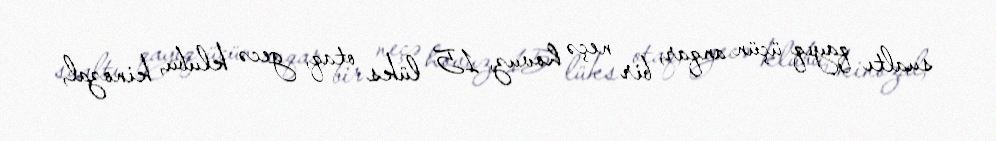
sualtı qayıq üçün anqar, bir neçə hovuz, 15 lüks otaq, gecə klubu, kinozal,